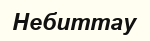
Небиттау